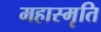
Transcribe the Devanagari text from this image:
महास्मृति